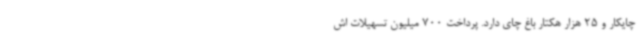
چایکار و 25 هزار هکتار باغ چای دارد. پرداخت 700 میلیون تسهیلات اش